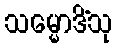
သမ္မောဒိံသု